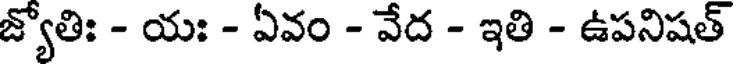
జ్యోతిః - యః - ఏవం - వేద - ఇతి - ఉపనిషత్